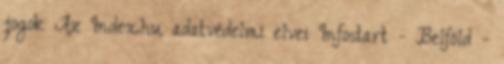
jogok Az Index.hu adatvédelmi elvei Infostart - Belföld -